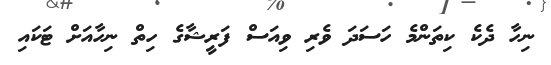
ނިހާ ދެކެ ކިތަންމެ ހަސަދަ ވެރި ވިއަސް ފަރީޝާގެ ހިތް ނިހާއަށް ޓަކައި